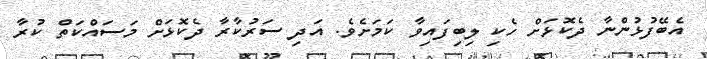
އެބޭފުޅުންނާ ދެކޮޅަށް ހެކި ލިބިފައިވާ ކަމަށެވެ. އަދި ސަރުކާރާ ދެކޮޅަށް މަސައްކަތް ކުރާ